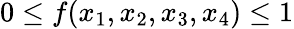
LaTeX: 0\le f(x_{1},x_{2},x_{3},x_{4})\le 1